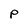
Character: P